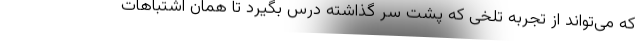
که می‌تواند از تجربه تلخی که پشت سر گذاشته درس بگیرد تا همان اشتباهات